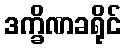
ဒက္ခိဏခရိုင်